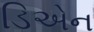
ડિએન